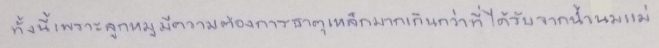
ทั้งนี้เพราะลูกหมูมีความต้องการธาตุเหล็กมากเกินกว่าที่ได้รับจากน้ำนมแม่